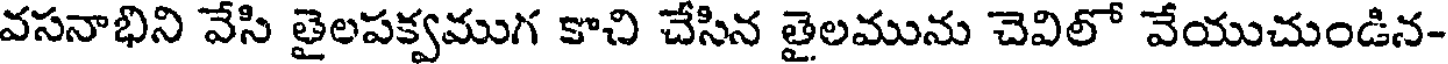
వసనాభిని వేసి తైలపక్వముగ కాచి చేసిన తైలమును చెవిలో వేయుచుండిన-